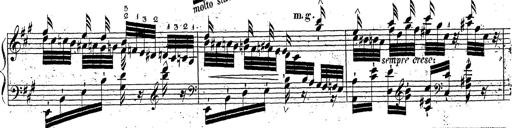
Title: Grande fantaisie sur la tyrolienne de l'opÃ©ra
Composer: Franz Liszt
Key: A major